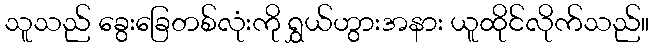
သူသည် ခွေးခြေတစ်လုံးကို ရွှယ်ဟွားအနား ယူထိုင်လိုက်သည်။